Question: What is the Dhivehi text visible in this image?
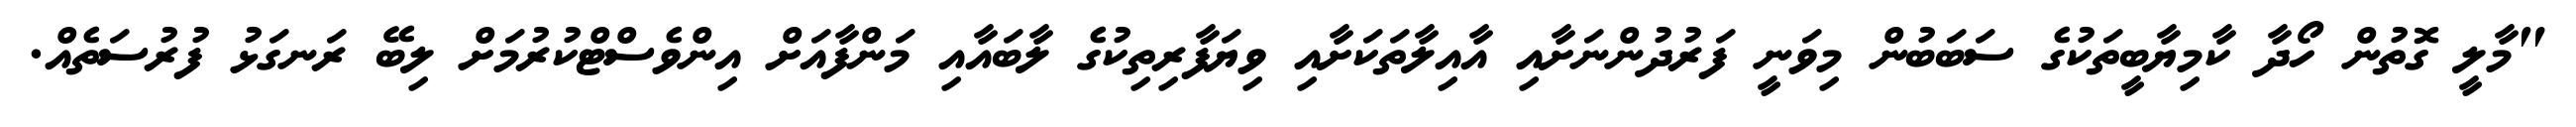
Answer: "މާލީ ގޮތުން ހޯދާ ކާމިޔާބީތަކުގެ ސަބަބުން މިވަނީ ފަރުދުންނަށާއި އާއިލާތަކަށާއި ވިޔަފާރިތިކުގެ ލާބައާއި މަންފާއަށް އިންވެސްޓްކުރުމަށް ލިބޭ ރަނގަޅު ފުރުސަތެއް.